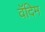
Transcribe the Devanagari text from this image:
वॅदिम